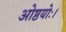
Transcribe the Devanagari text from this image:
ओष्ठयोः।